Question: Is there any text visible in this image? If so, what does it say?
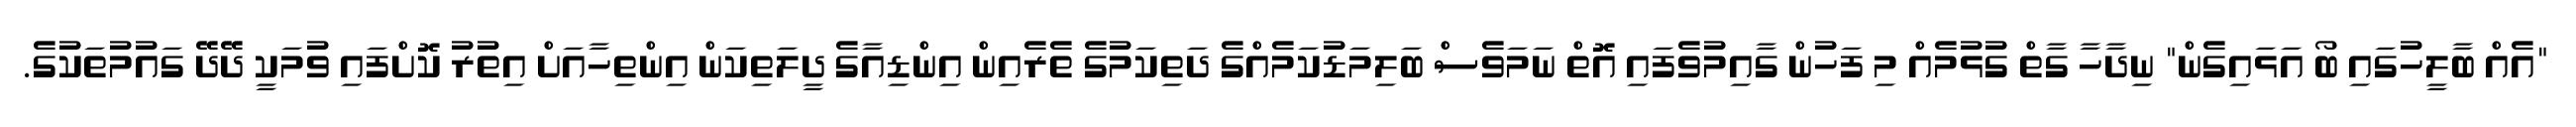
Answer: "އެއް ބާލީހުގައި ބޯ އަޅައިގެން" ނިދާހާ ގާތް ގުޅުމެއް މި ފަހުން ގާއިމުވެފައި އޮތް ނަމަވެސް ބަލިމަޑުކަމެއްގެ ދަތިކަމުގެ ތެރެއިން އިންޑިއާގެ ދީލަތިކަން އިންތިހާއަށް އިތުރު ކޮށްފައި ވުމަކީ ދޭދޭ ގައުމުތަކުގެ.